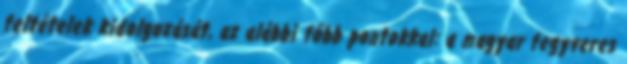
feltételek kidolgozását, az alábbi fõbb pontokkal: a magyar fegyveres